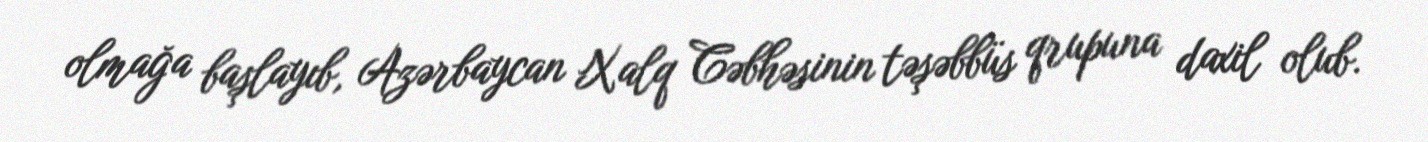
olmağa başlayıb, Azərbaycan Xalq Cəbhəsinin təşəbbüs qrupuna daxil olub.